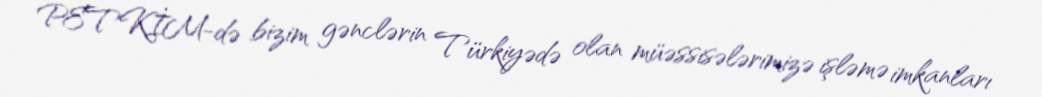
PETKİM-də bizim gənclərin Türkiyədə olan müəssisələrimizə işləmə imkanları